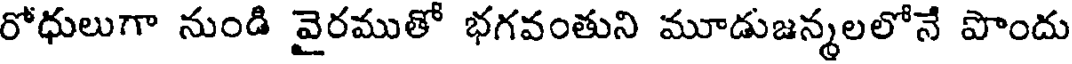
రోధులుగా నుండి వైరముతో భగవంతుని మూడుజన్మలలోనే పొందు